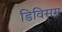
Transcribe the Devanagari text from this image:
डिविसम